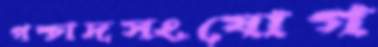
পশ্চাদসংযোগ